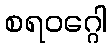
စရဝဂ္ဂေါ